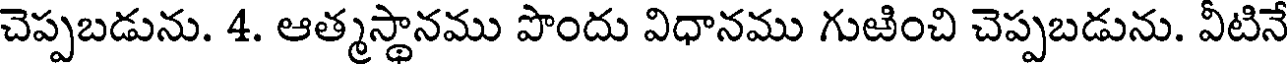
చెప్పబడును. 4. ఆత్మస్థానము పొందు విధానము గుఱించి చెప్పబడును. వీటినే